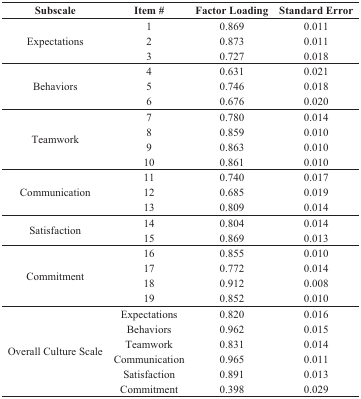
| Subscale | Item # | Factor Loading | Standard Error |
 | --- | --- | --- | --- |
 | <ROWSPAN=3> Expectations | 1 | 0.869 | 0.011 |
 | 2 | 0.873 | 0.011 |
 | 3 | 0.727 | 0.018 |
 | <ROWSPAN=3> Behaviors | 4 | 0.631 | 0.021 |
 | 5 | 0.746 | 0.018 |
 | 6 | 0.676 | 0.020 |
 | <ROWSPAN=4> Teamwork | 7 | 0.780 | 0.014 |
 | 8 | 0.859 | 0.010 |
 | 9 | 0.863 | 0.010 |
 | 10 | 0.861 | 0.010 |
 | <ROWSPAN=3> Communication | 11 | 0.740 | 0.017 |
 | 12 | 0.685 | 0.019 |
 | 13 | 0.809 | 0.014 |
 | <ROWSPAN=2> Satisfaction | 14 | 0.804 | 0.014 |
 | 15 | 0.869 | 0.013 |
 | <ROWSPAN=4> Commitment | 16 | 0.855 | 0.010 |
 | 17 | 0.772 | 0.014 |
 | 18 | 0.912 | 0.008 |
 | 19 | 0.852 | 0.010 |
 | <ROWSPAN=6> Overall Culture Scale | Expectations | 0.820 | 0.016 |
 | Behaviors | 0.962 | 0.015 |
 | Teamwork | 0.831 | 0.014 |
 | Communication | 0.965 | 0.011 |
 | Satisfaction | 0.891 | 0.013 |
 | Commitment | 0.398 | 0.029 |